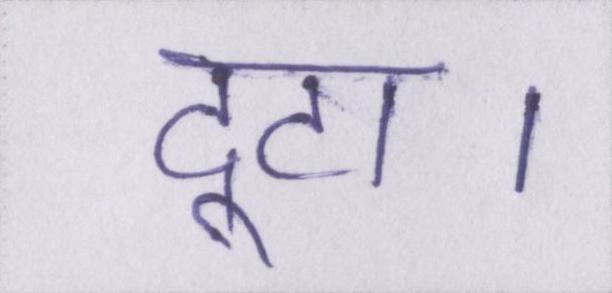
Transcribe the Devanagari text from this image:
टूटा।